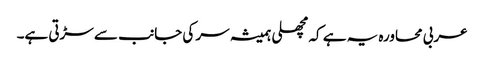
عربی محاورہ یہ ہے کہ مچھلی ہمیشہ سر کی جانب سے سڑتی ہے۔